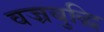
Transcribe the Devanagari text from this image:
वज्रबुद्धि